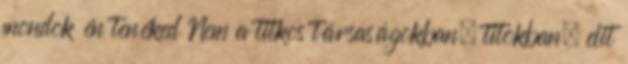
mondok én tenéked Nem a titkos társaságokban, titokban, elit